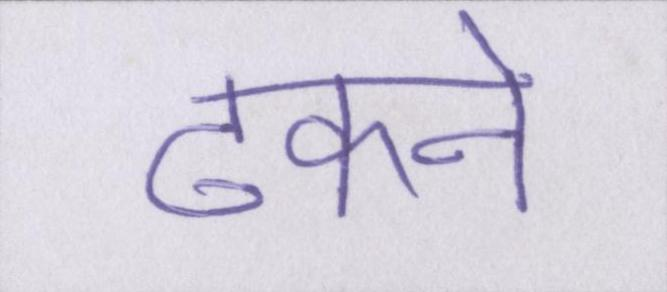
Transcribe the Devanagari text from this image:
ढंकने